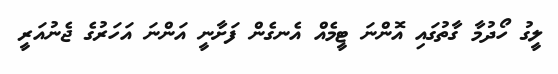
ލީގު ހޯދުމާ ގާތުގައި އޮންނަ ޓީމެއް އެނގެން ފަށާނީ އަންނަ އަހަރުގެ ޖެނުއަރީ